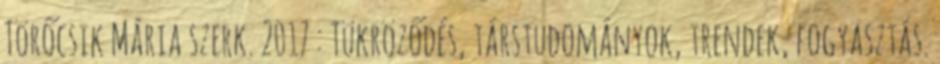
Törőcsik Mária szerk. 2017 : Tükröződés, társtudományok, trendek, fogyasztás.